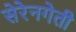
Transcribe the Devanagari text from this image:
सेरेनगेती